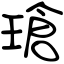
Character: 瑲